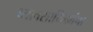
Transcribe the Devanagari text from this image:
व्यावसायिकांचा